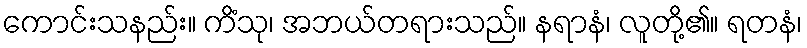
ကောင်းသနည်း။ ကိံသု၊ အဘယ်တရားသည်။ နရာနံ၊ လူတို့၏။ ရတနံ၊